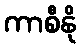
ကာစီနို